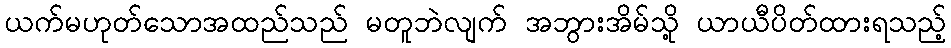
ယက်မဟုတ်သောအထည်သည် မတူဘဲလျက် အဘွားအိမ်သို့ ယာယီပိတ်ထားရသည့်